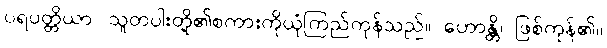
ပရပတ္တိယာ၊ သူတပါးတို့၏စကားကိုယုံကြည်ကုန်သည်။ ဟောန္တိ၊ ဖြစ်ကုန်၏။